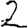
Digit: 2